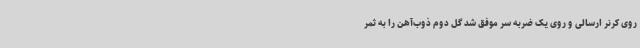
روی کرنر ارسالی و روی یک ضربه سر موفق شد گل دوم ذوب‌آهن را به ثمر